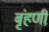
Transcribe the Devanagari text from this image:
बृंहणी